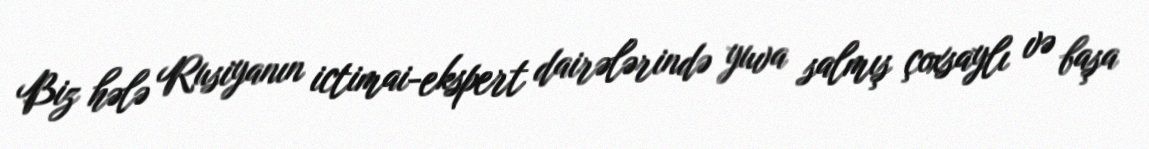
Biz hələ Rusiyanın ictimai-ekspert dairələrində yuva salmış çoxsaylı və başa